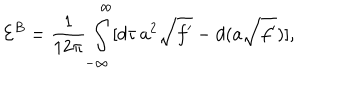
LaTeX: { \cal E } ^ { B } = \frac 1 { 1 2 \pi } \int _ { - \infty } ^ { \infty } [ d \tau \, a ^ { 2 } \sqrt { f ^ { \prime } } - d ( a \sqrt { f ^ { \prime } } ) ] ,